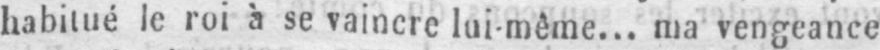
habitué le roi à se vaincre lui-même... ma vengeance